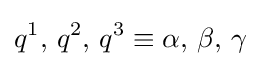
q^{1},\,q^{2},\,q^{3}\equiv \alpha ,\,\beta ,\,\gamma